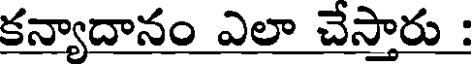
కన్యాదానం ఎలా చేస్తారు :